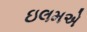
ઇલમએ